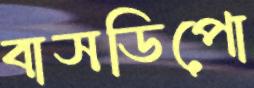
বাসডিপো